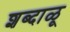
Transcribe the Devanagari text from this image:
शब्दाळू